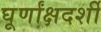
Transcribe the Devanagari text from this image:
घूर्णांक्षदर्शी